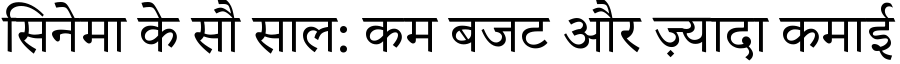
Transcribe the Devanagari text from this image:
सिनेमा के सौ साल: कम बजट और ज़्यादा कमाई